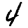
Digit: 4